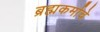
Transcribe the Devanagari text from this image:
ब्रह्मकर्माचे